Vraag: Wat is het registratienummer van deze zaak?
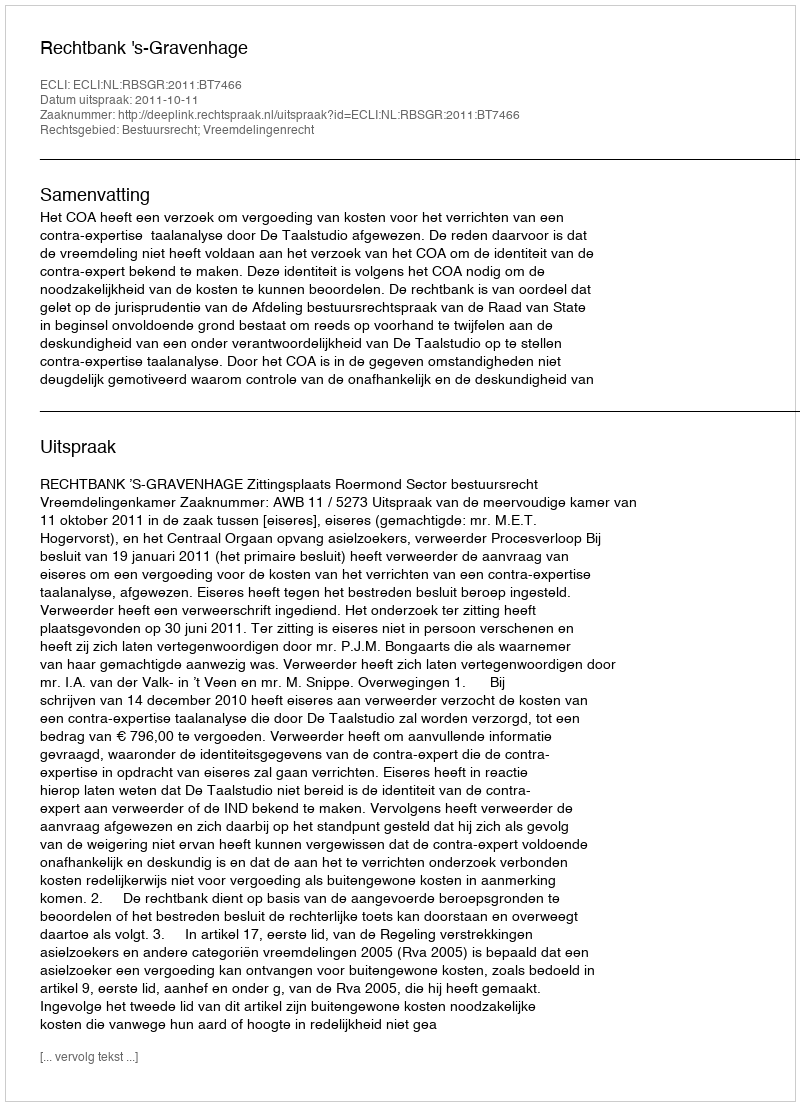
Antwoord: http://deeplink.rechtspraak.nl/uitspraak?id=ECLI:NL:RBSGR:2011:BT7466